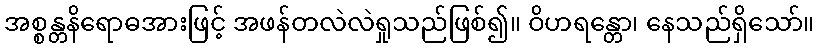
အစ္စန္တနိရောဓအားဖြင့် အဖန်တလဲလဲရှုသည်ဖြစ်၍။ ဝိဟရန္တော၊ နေသည်ရှိသော်။